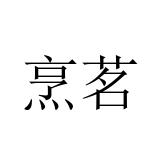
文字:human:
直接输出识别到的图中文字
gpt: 烹茗